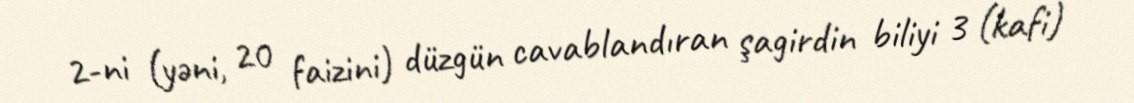
2-ni (yəni, 20 faizini) düzgün cavablandıran şagirdin biliyi 3 (kafi)